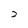
Character: 2